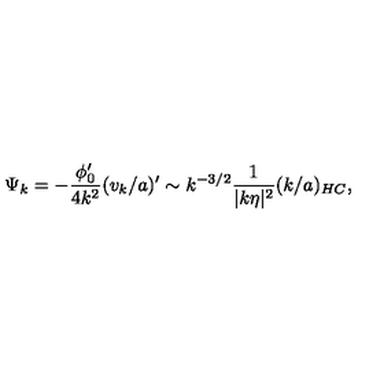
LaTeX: \Psi _ { k } = - \frac { \phi _ { 0 } ^ { \prime } } { 4 k ^ { 2 } } ( v _ { k } / a ) ^ { \prime } \sim k ^ { - 3 / 2 } \frac { 1 } { | k \eta | ^ { 2 } } ( k / a ) _ { H C } ,